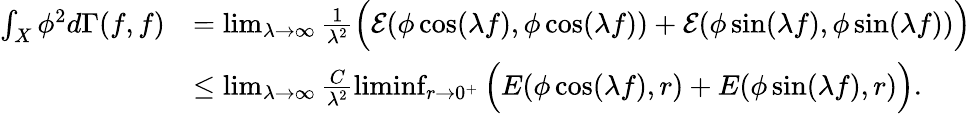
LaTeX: \begin{array}{rl}{\int_{X}\phi^{2}d\Gamma(f,f)}&{=\operatorname*{lim}_{\lambda\to\infty}\frac{1}{\lambda^{2}}\Big(\mathcal{E}(\phi\cos(\lambda f),\phi\cos(\lambda f))+\mathcal{E}(\phi\sin(\lambda f),\phi\sin(\lambda f))\Big)}\\ &{\leq\operatorname*{lim}_{\lambda\to\infty}\frac{C}{\lambda^{2}}\operatorname*{liminf}_{r\to 0^{+}}\Big(E(\phi\cos(\lambda f),r)+E(\phi\sin(\lambda f),r)\Big).}\end{array}